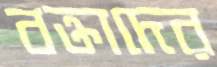
বক্তাদের